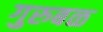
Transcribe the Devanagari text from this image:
गुरुबळ